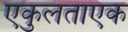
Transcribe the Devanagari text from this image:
एकुलताएक